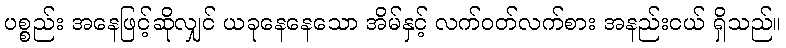
ပစ္စည်း အနေဖြင့်ဆိုလျှင် ယခုနေနေသော အိမ်နှင့် လက်ဝတ်လက်စား အနည်းငယ် ရှိသည်။